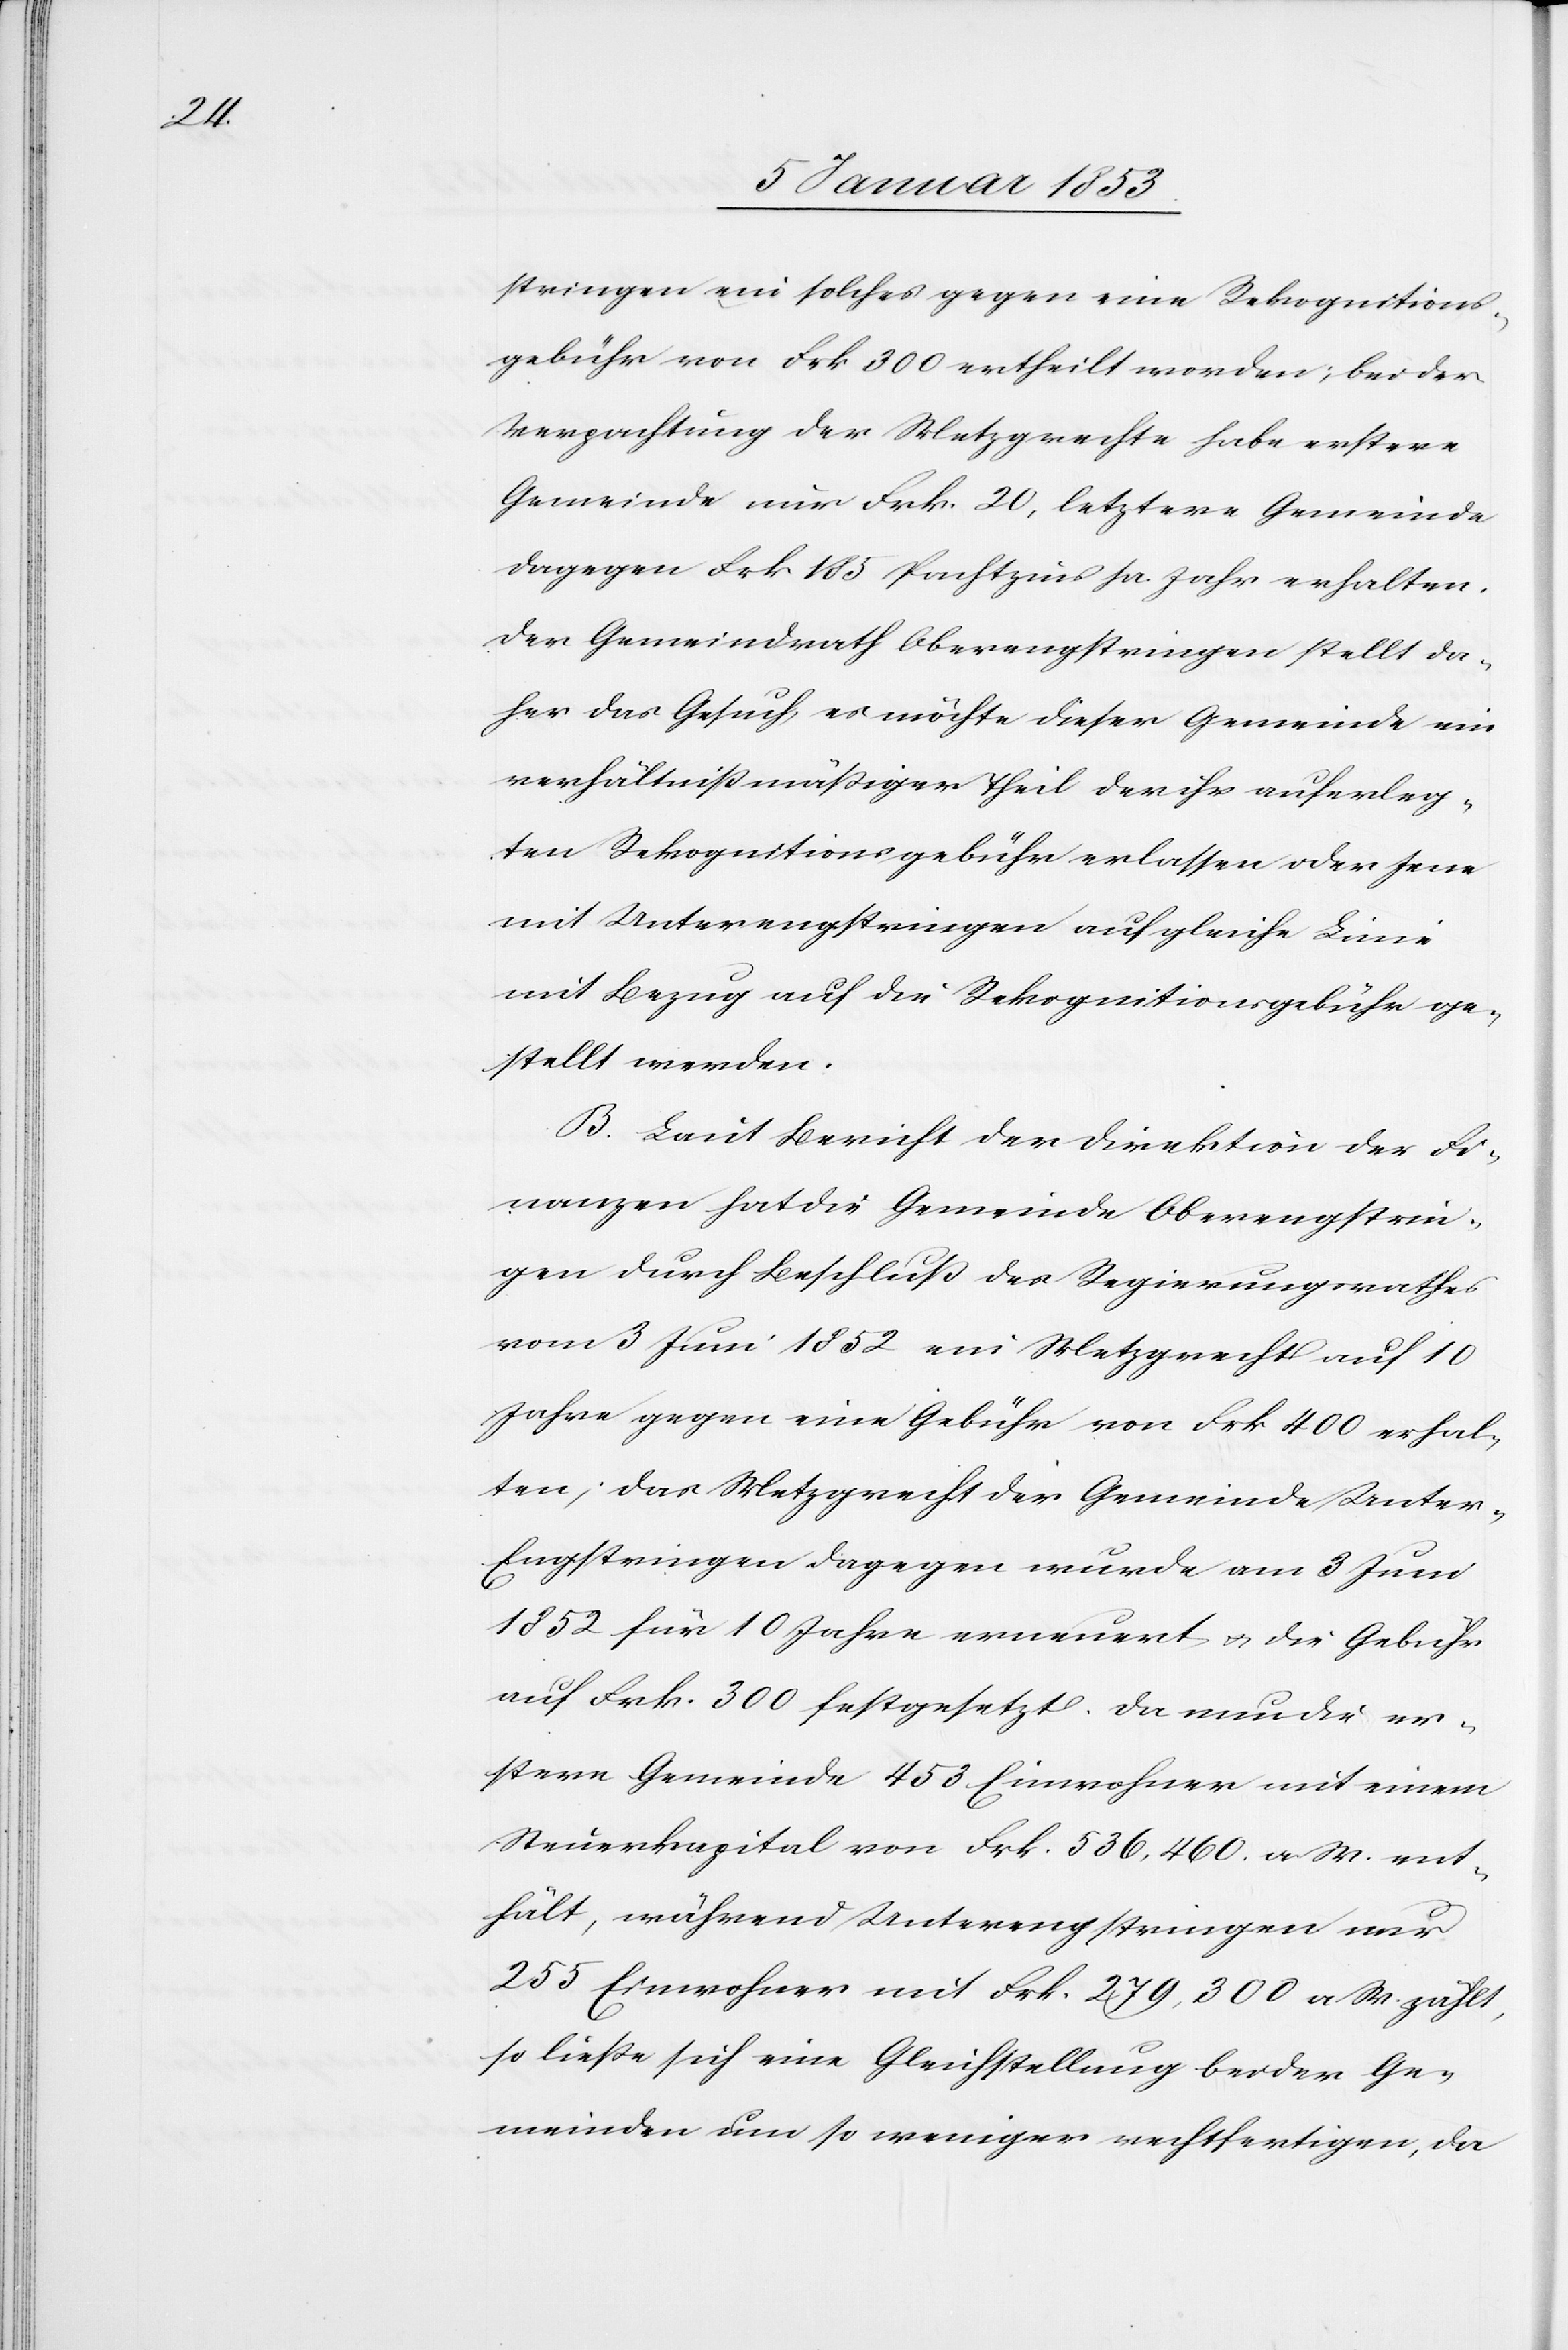
stringen ein solches gegen eine Rekognitions¬
gebühr von Frk 300 ertheilt worden, bei der
Verpachtung der Metzgrechte habe erstere
Gemeinde nur Frk 20, letztere Gemeinde
dagegen Frk 105 Pachtzins pr. Jahr erhalten.
Der Gemeindrath Oberengstringen stellt da¬
her das Gesuch, es möchte dieser Gemeinde ein
verhältnissmässiger Theil der ihr auferleg¬
ten Rekognitionsgebühr erlassen oder jene
mit Unterengstringen auf gleiche Linie
mit Bezug auf die Rekognitionsgebühr ge¬
stellt werden.
B. Laut Bericht der Direktion der Fi¬
nanzen hat die Gemeinde Oberengstrin¬
gen durch Beschluss des Regierungsrathes
vom 3 Juni 1852 ein Metzgrecht auf 10
Jahre gegen eine Gebühr von Frk 400 erhal¬
ten; das Metzgrecht der Gemeinde Unter-E¬
ngstringen dagegen wurde am 3 Juni
1852 für 10 Jahre erneuert u. die Gebühr
auf Frk 300 festgesetzt, da nun die er¬
stere Gemeinde 453 Einwohner mit einem
Steuerkapital von Frk 536,460. a. W. ent¬
hält, während Unterengstringen nur
255 Einwohner mit Frk. 279,300. a. W. zählt,
so liesse sich eine Gleichstellung beider Ge¬
meinden um so weniger rechtfertigen, da